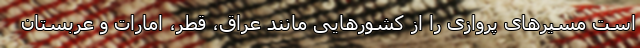
است مسیرهای پروازی را از کشورهایی مانند عراق، قطر، امارات و عربستان